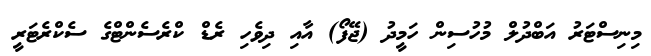
މިނިސްޓަރު އަބްދުލް މުހުސިން ހަމީދު (ޖޭފޯ) އާއި ދިވެހި ރެޑް ކްރެސެންޓްގެ ސެކްރެޓަރީ